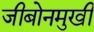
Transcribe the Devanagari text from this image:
जीबोनमुखी